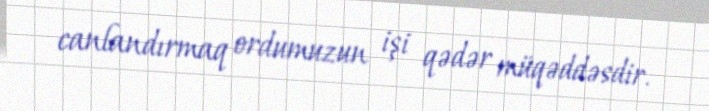
canlandırmaq ordumuzun işi qədər müqəddəsdir.